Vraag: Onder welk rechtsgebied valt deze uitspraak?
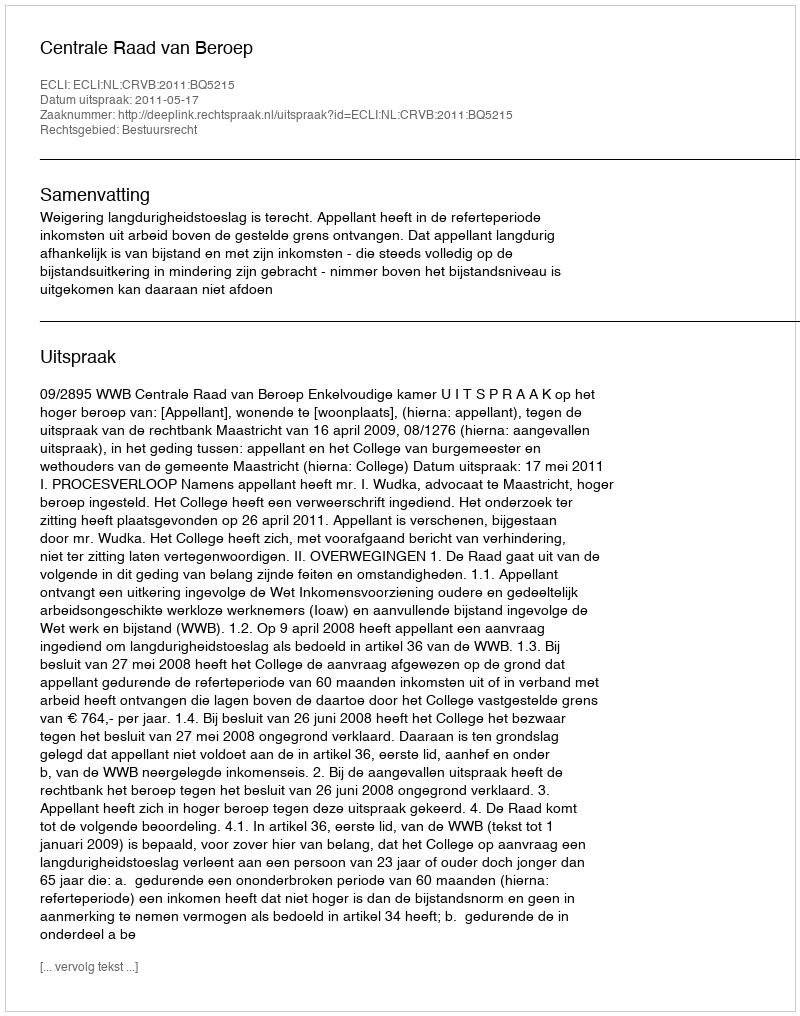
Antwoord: Bestuursrecht